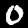
Digit: 0